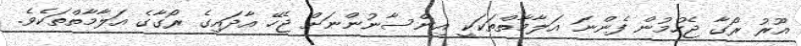
އޫރު ރޯގާ ޖެހުމުން ފެންނަ އަލާމާތްތަކަކީ އިންސާނުންނަށް ޖެހޭ އާދައިގެ ރޯގާގެ އަލާމާތްތަކެވެ.